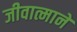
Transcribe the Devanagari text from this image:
जीवात्माने